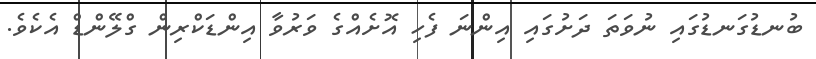
ބުނޑުގަނޑުގައި ނުވަތަ ދަށުގައި އިންނަ ފެހި އޮށެއްގެ ވަރުވާ އިންޑަކްރިން ގްލޭންޑް އެކެވެ.